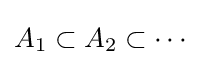
A_{1}\subset A_{2}\subset \cdots